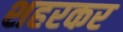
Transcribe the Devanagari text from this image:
शहरकर